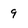
Character: 9